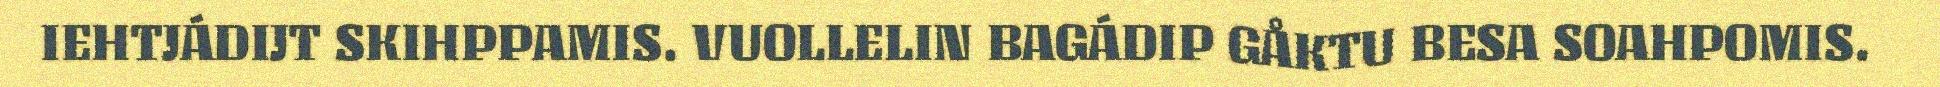
IEHTJÁDIJT SKIHPPAMIS. VUOLLELIN BAGÁDIP GÅKTU BESA SOAHPOMIS.